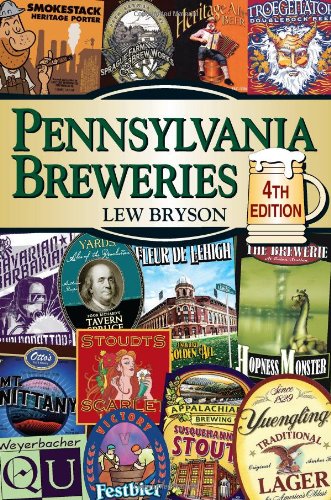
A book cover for Pennsylvania Breweries: 4th Edition (Breweries Series); Lew Bryson; Cookbooks, Food & Wine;